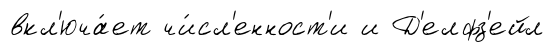
вкл'юча́ет чи́сл'енност'и и Д'елфз'ейл